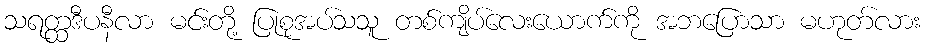
သရတ္ထဒီပနီလာ မင်းတို့ ပြုစုအပ်သသူ တစ်ကျိပ်လေးယောက်ကို အဘပြောသာ မဟုတ်လား